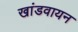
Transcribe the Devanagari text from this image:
खांडवायन